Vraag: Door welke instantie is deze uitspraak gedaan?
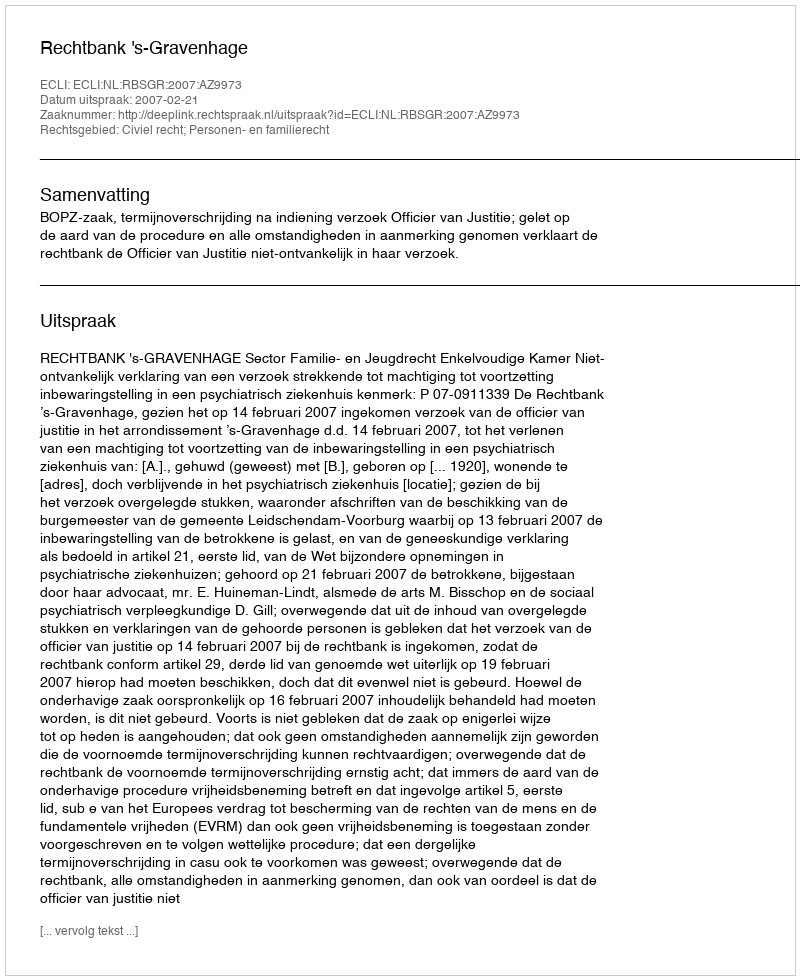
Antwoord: Rechtbank 's-Gravenhage